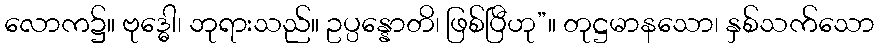
လောက၌။ ဗုဒ္ဓေါ၊ ဘုရားသည်။ ဥပ္ပန္နောတိ၊ ဖြစ်ပြီဟု”။ တုဋ္ဌမာနသော၊ နှစ်သက်သော